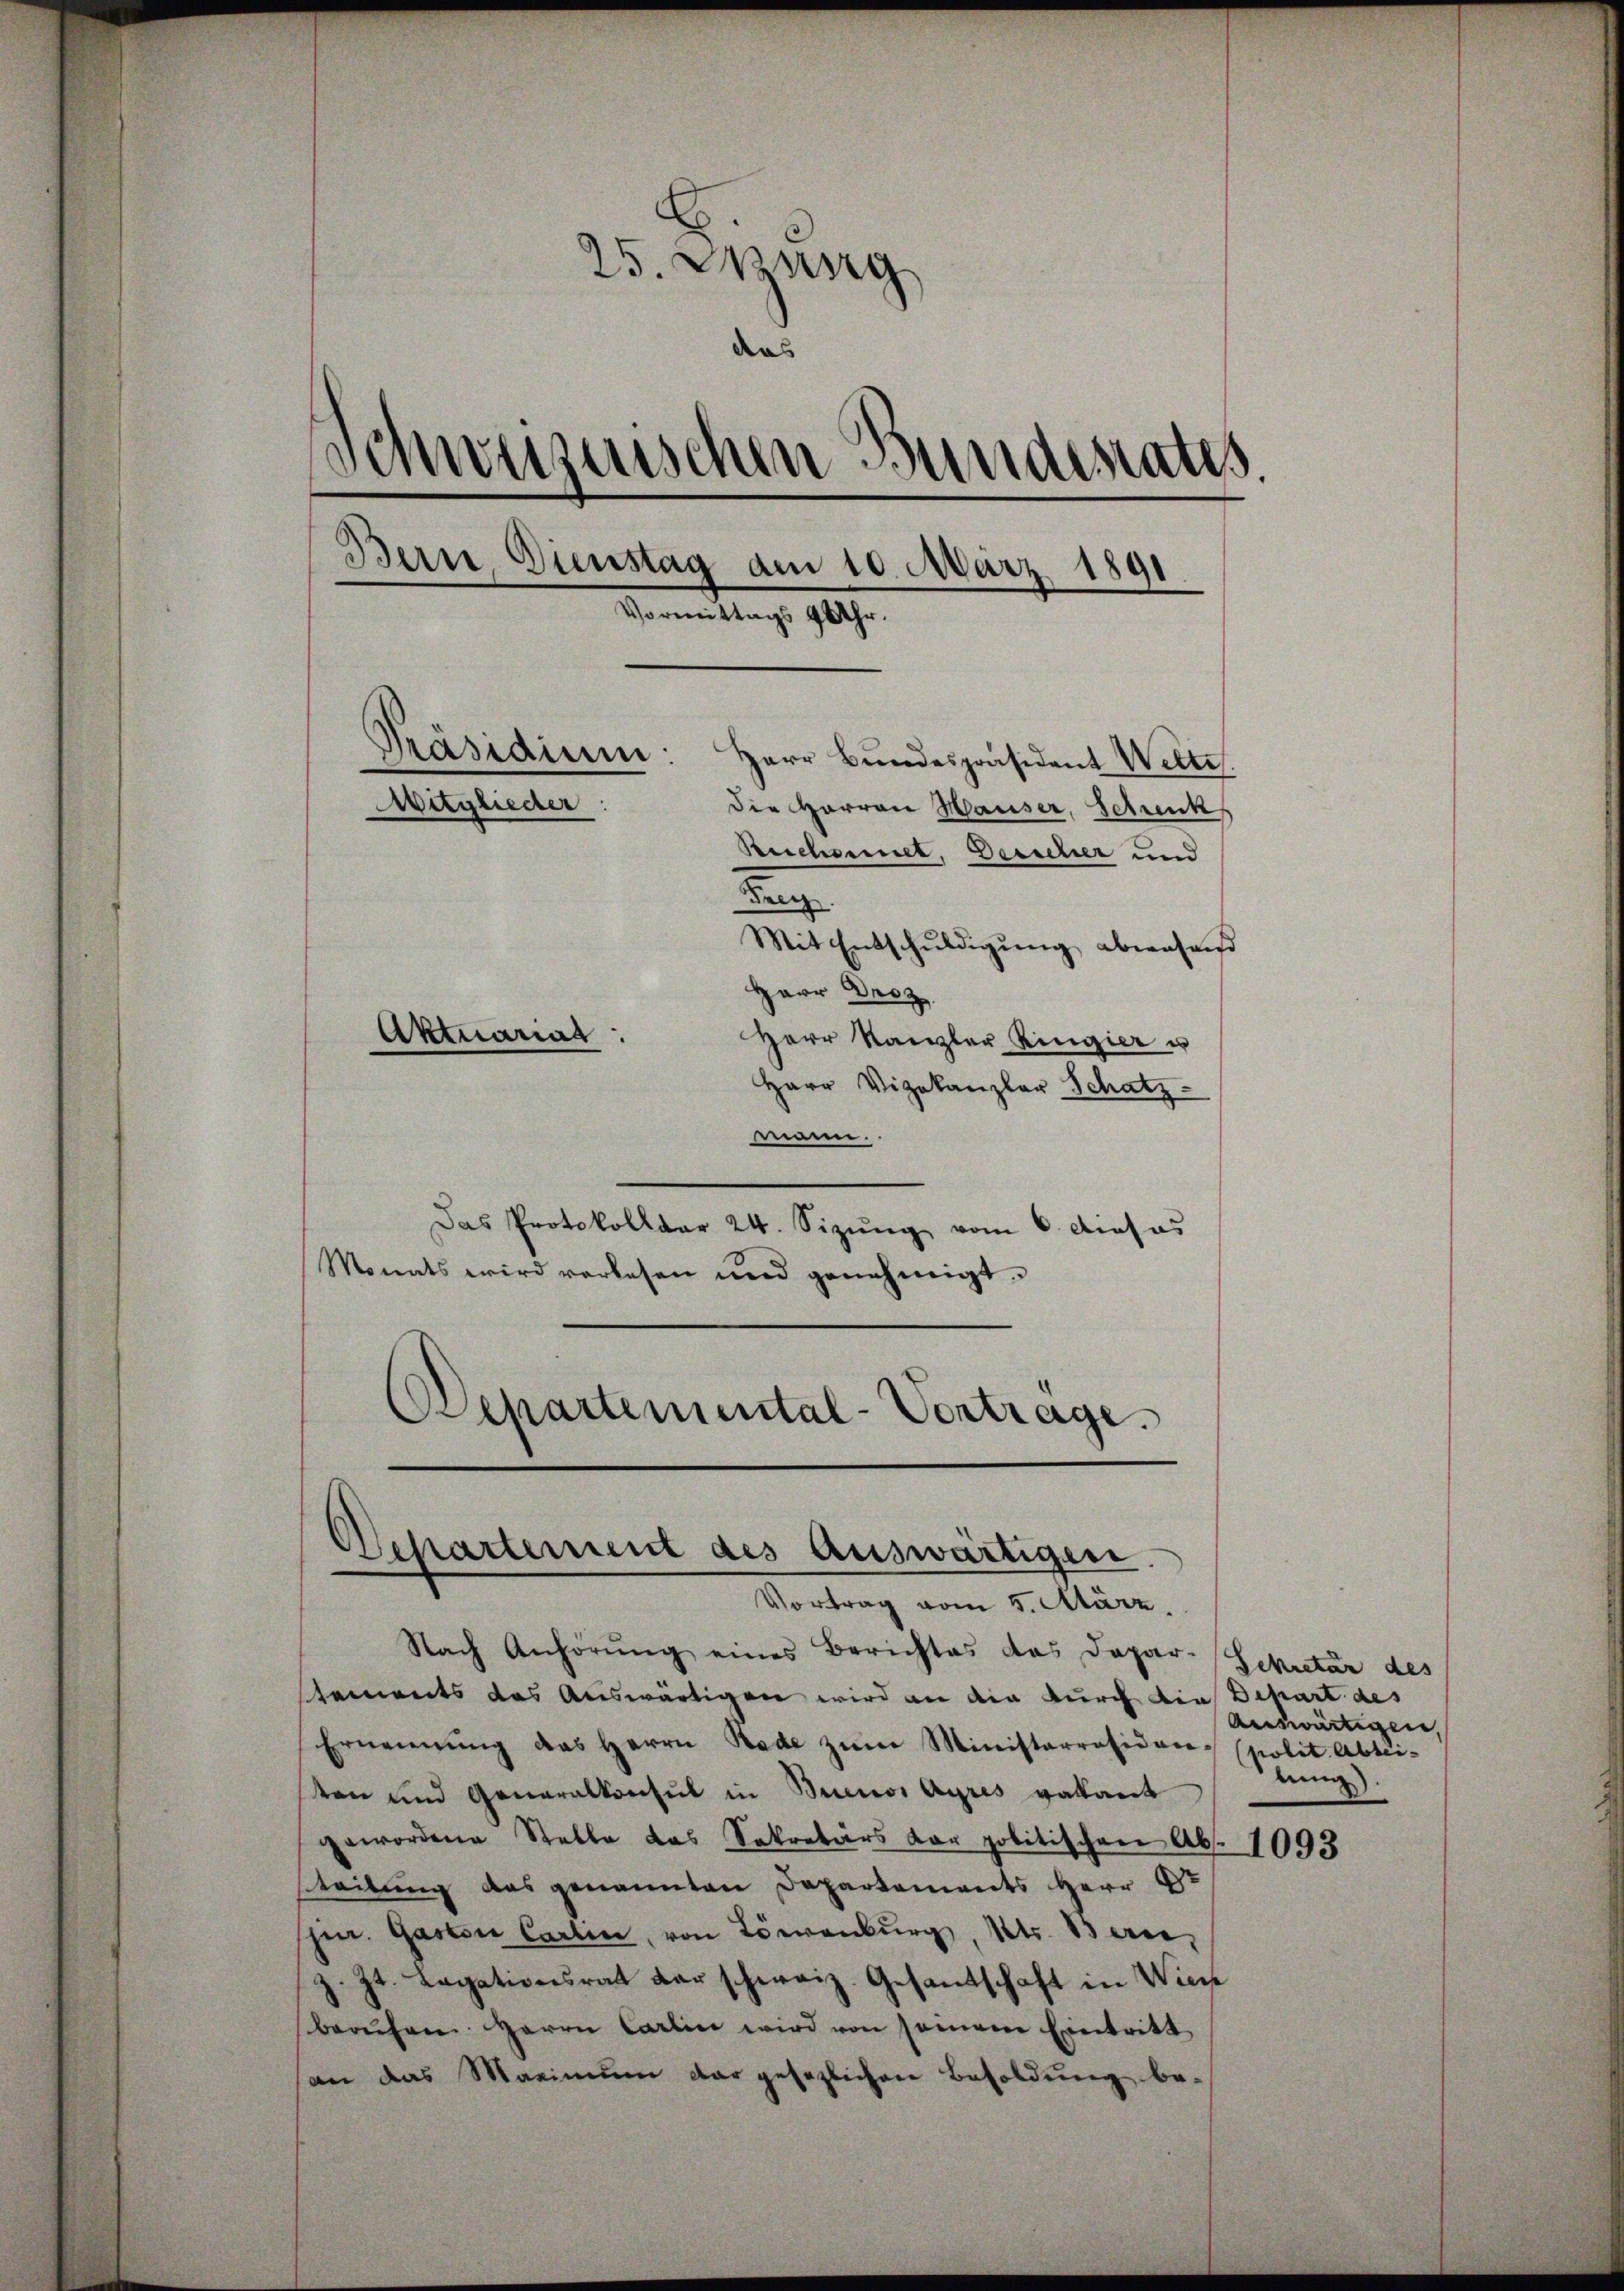
25. Skung
das
Schweizerischen Bundesrates.
Bern. Dienstag am 10. März 1891.
Vormittags 9 Uhr.
Präsidium: Herr Bundespräsident Weltis.
Mitglieder:
Die Herren Hauser, Schenk
Rechsenet, Bericher und
g
Mit Entschuldigung abwesend
Herr Droz.
Aktuarial.
Herr Kanzler Ringier u
Herr Vizekanzler Schatz-

mann.
Das Protokollbar 24. Sizung vom 6. dieses
Monats wird verlesen und genehmigt.
Crepartemental-Vortrage.

¬
Departement des auswärtigen.
Vortrag vom 5. März.

Nach Anhörŭng eines Berichtes das Dapar-Sekretär des
stements das Auswärtigen wird an die durch die Depart des
Ernennung das Herrn Rede zŭm Ministerräsiden polit. Abtei-
ten und Generalkonsul in Buenos Ayres gakant
gewordene Stelle das Sekretärs der politischen Abs. 1093
steilung das genannten Departements Herr Dr.
spur. Gasten Carten, von Löwenburg, Kts. Beiz. Zt. Legationsrat der schweiz. Gesantschaft in Wien
beruhen Herrn Carlin wird von seinem Eintritt
an das Maximum dar gesezlichen Besoldung be-

Auswärtigen,
lung).